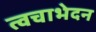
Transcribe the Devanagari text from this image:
त्वचाभेदन